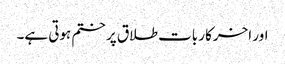
اور اخرکار بات طلاق پر ختم ہوتی ہے۔